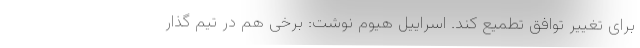
برای تغییر توافق تطمیع کند. اسراییل هیوم نوشت: برخی هم در تیم گذار